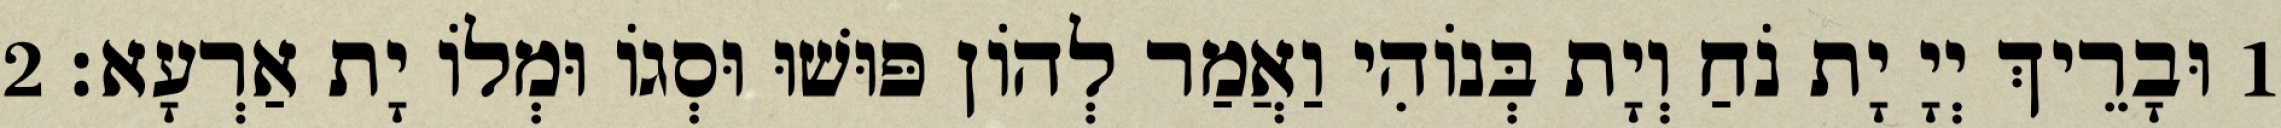
1 וּבָרֵיךְ יְיָ יָת נֹחַ וְיָת בְּנוֹהִי וַאֲמַר לְהוֹן פּוּשׁוּ וּסְגוֹ וּמְלוֹ יָת אַרְעָא׃ 2